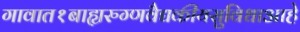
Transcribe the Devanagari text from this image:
गावात१बाह्यरुग्णवैद्यकीयसुविधाआहे